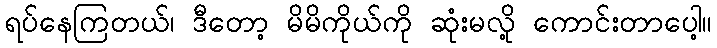
ရပ်နေကြတယ်၊ ဒီတော့ မိမိကိုယ်ကို ဆုံးမလို့ ကောင်းတာပေါ့။